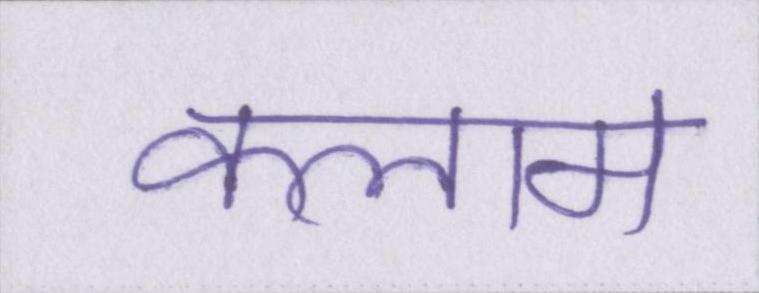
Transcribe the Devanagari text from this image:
कलाम